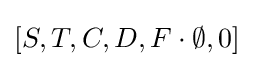
[S,T,C,D,F\cdot \emptyset ,0]